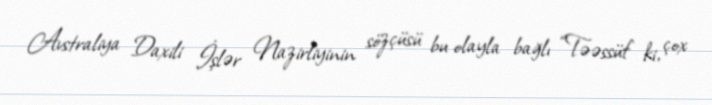
Avstraliya Daxili İşlər Nazirliyinin sözçüsü bu olayla bağlı “Təəssüf ki, çox